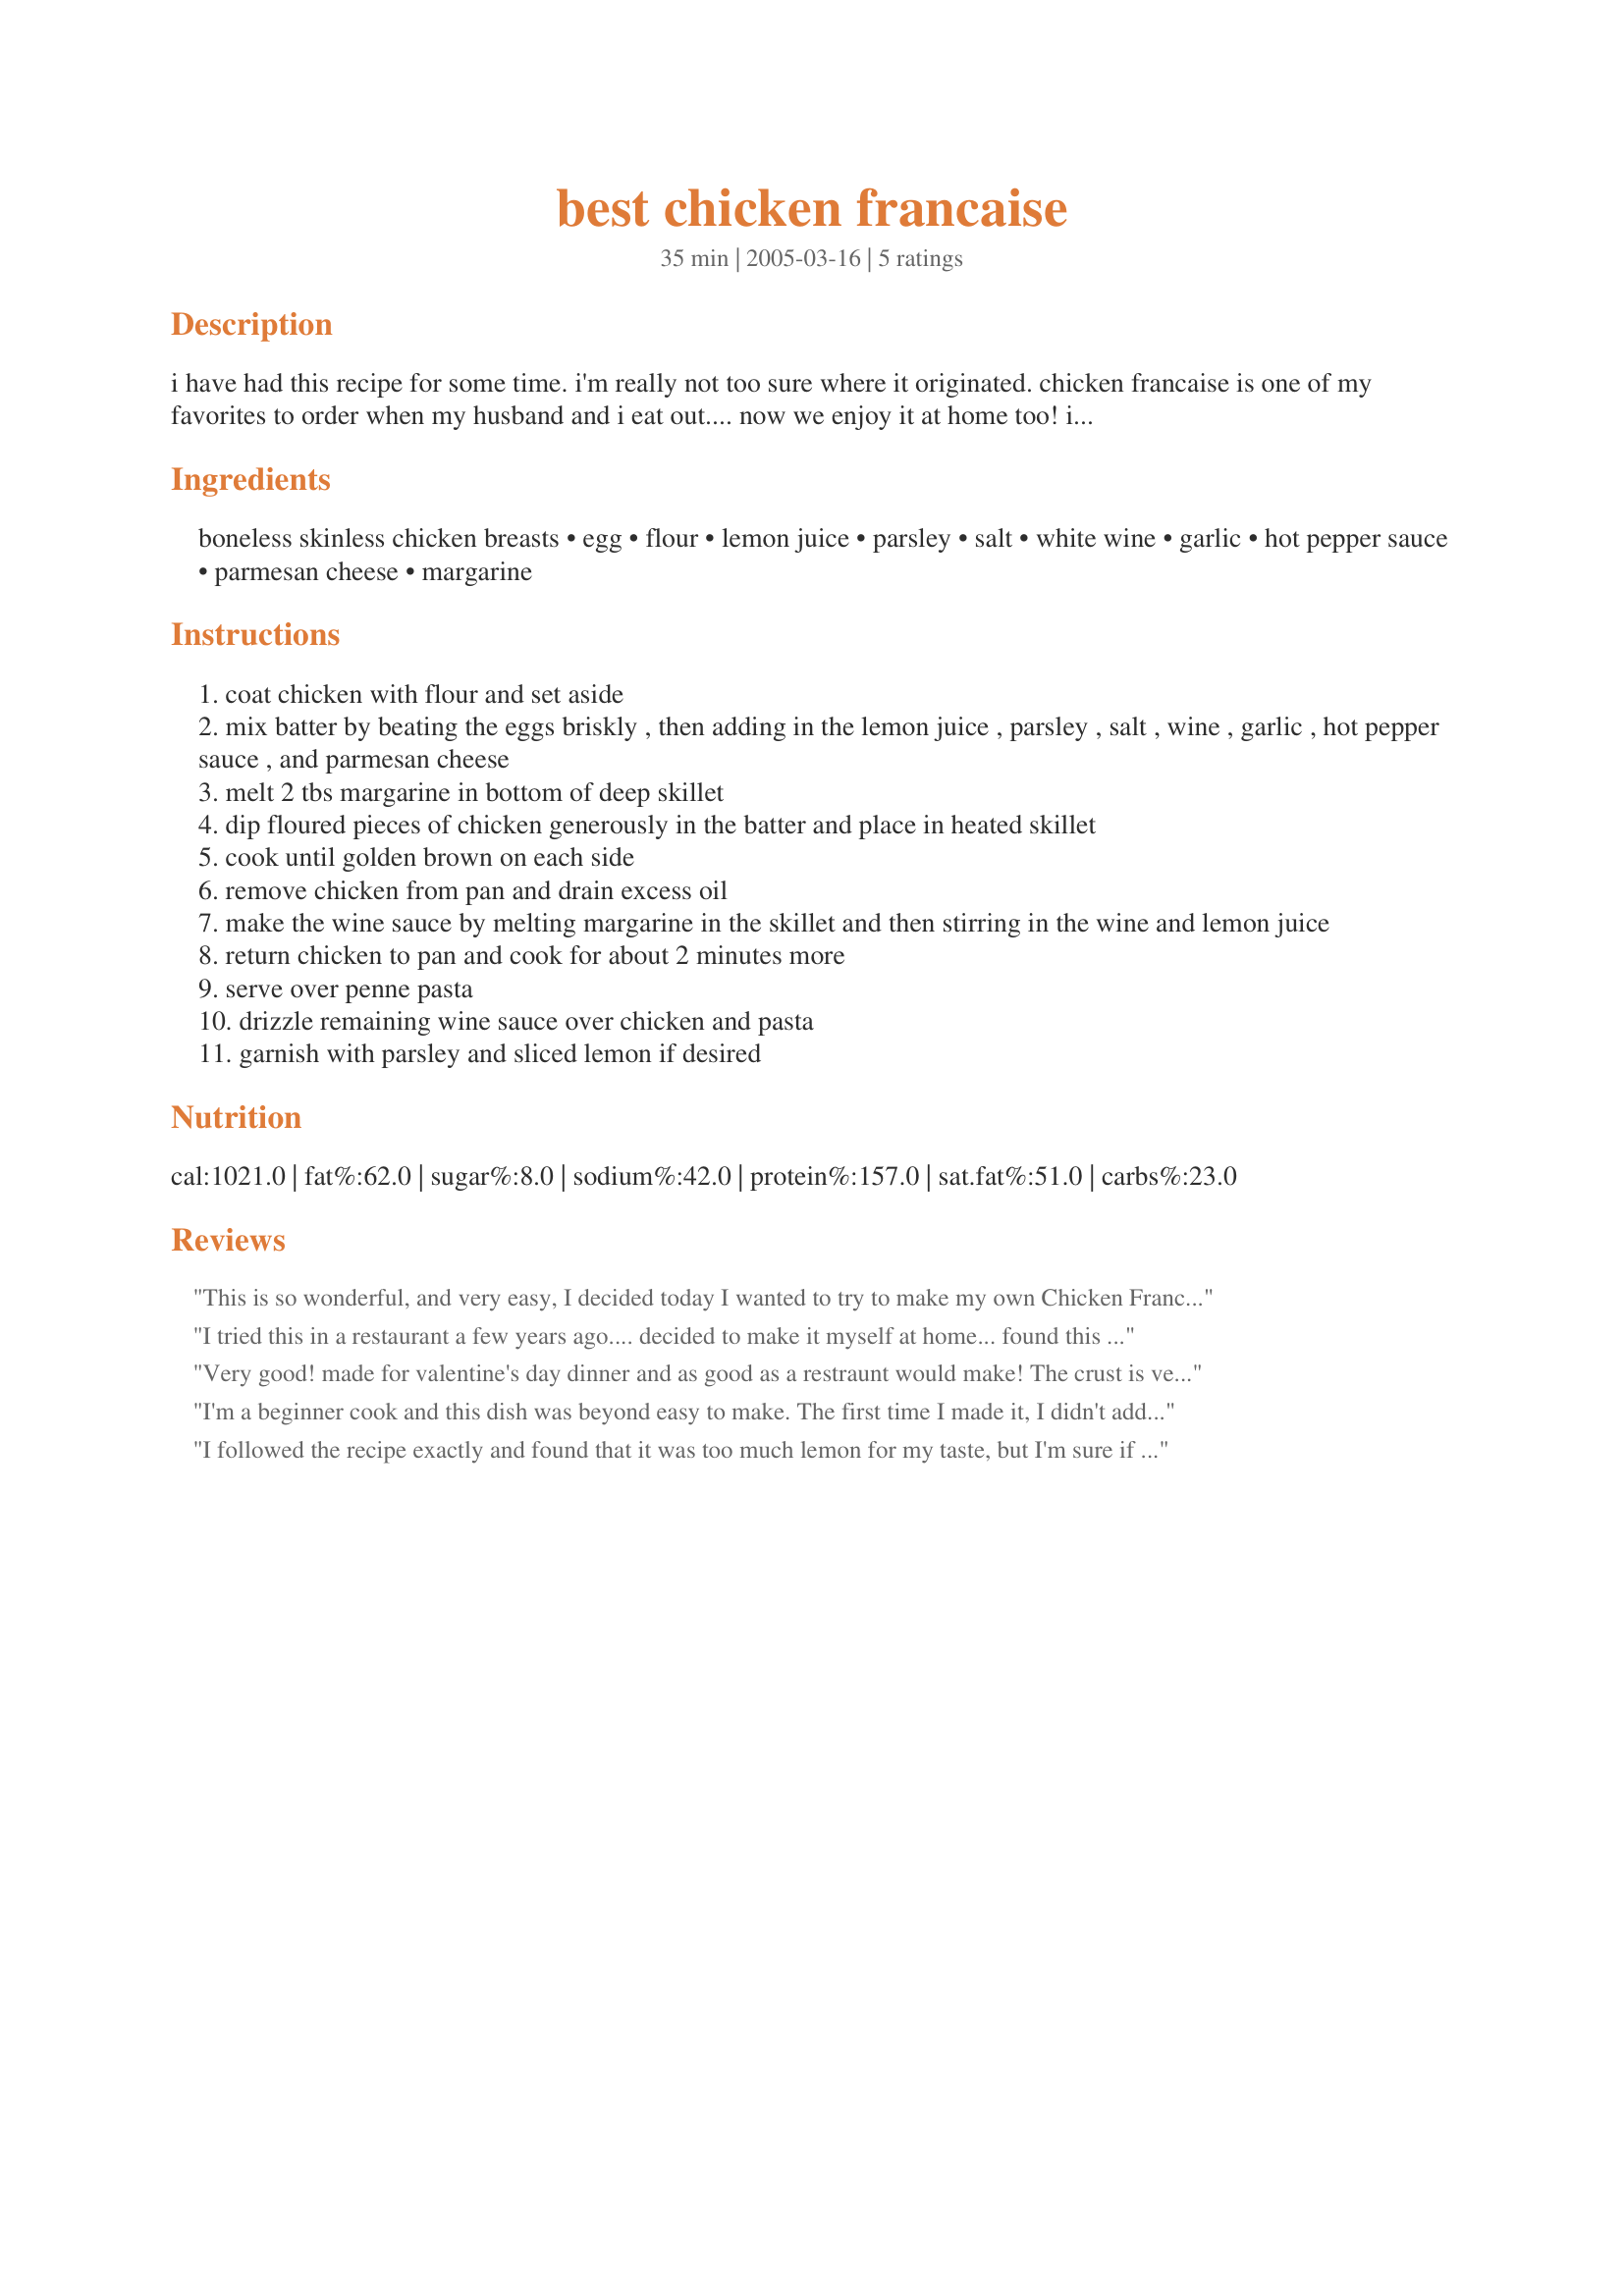
best chicken francaise
Preparation time: 35 minutes

i have had this recipe for some time. i'm really not too sure where it originated. chicken francaise is one of my favorites to order when my husband and i eat out.... now we enjoy it at home too! i often double or even triple the sauce part of the recipe because i just love the taste of it. serve over penne pasta. perdue's thin slice chicken works well for this recipe.

Ingredients:
boneless skinless chicken breasts, egg, flour, lemon juice, parsley, salt, white wine, garlic, hot pepper sauce, parmesan cheese, margarine

Steps:
coat chicken with flour and set aside
mix batter by beating the eggs briskly , then adding in the lemon juice , parsley , salt , wine , garlic , hot pepper sauce , and parmesan cheese
melt 2 tbs margarine in bottom of deep skillet
dip floured pieces of chicken generously in the batter and place in heated skillet
cook until golden brown on each side
remove chicken from pan and drain excess oil
make the wine sauce by melting margarine in the skillet and then stirring in the wine and lemon juice
return chicken to pan and cook for about 2 minutes more
serve over penne pasta
drizzle remaining wine sauce over chicken and pasta
garnish with parsley and sliced lemon if desired

Reviews:
This is so wonderful, and very easy, I decided today I wanted to try to make my own Chicken Francaise I told myself, lets look it Kittencal has a recipe because I've never used one of yours that never came out great, and here I never disappointed. LOVE IT!!
I tried this in a restaurant a few years ago.... decided to make it myself at home... found this recipe, tried it and LOVE IT... I definitely double the sauce recipe.... always have left overs for the next day... it truly is the best recipe around... thanks for sharing it
Very good! made for valentine's day dinner and as good as a restraunt would make! The crust is very good and the sauce is really yummy! the only things i did differently were to leave the browned bits in the pan for the sauce, and bake in the oven for 5 min. after browning it in the skillet, just to make sure it was cooked through. THis is my first chicken dish after having a baby and while preg. couldn't eat chicken, so wanted to make sure it was done. We ate it without the pasta, might be an idea for next time. THanks!
I'm a beginner cook and this dish was beyond easy to make. The first time I made it, I didn't add the hot sauce and I added a bit too much parsley and it still came out to die for. The second time I had all the ingredients, however I used really good quality butter instead of margarine and the chicken came out even better! I really think the hot sauce makes a difference! Also making the sauce at the end, I used 1/2 cup of lemon juice, so if you like that lemon flavor I'd suggest using more lemon juice then the recipe calls for. Anyway I've made this twice so far this week and I plan on making it again tomorrow! Don't forget to serve with some nice italian bread to soak up that deliciously lemony sauce!!
I followed the recipe exactly and found that it was too much lemon for my taste, but I'm sure if the juice and lemon were reduced it would be good.
